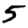
Digit: 5